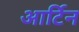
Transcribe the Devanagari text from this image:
आर्टिन